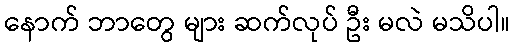
နောက် ဘာတွေ များ ဆက်လုပ် ဦး မလဲ မသိပါ။